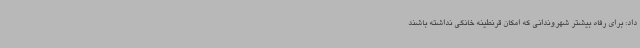
داد: برای رفاه بیشتر شهروندانی که امکان قرنطینه خانگی نداشته باشند